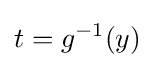
t=g^{-1}(y)